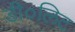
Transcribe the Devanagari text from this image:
डी०लिट